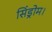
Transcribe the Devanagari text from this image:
सिंड्रोम।